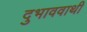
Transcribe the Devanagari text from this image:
दुभाववाथी